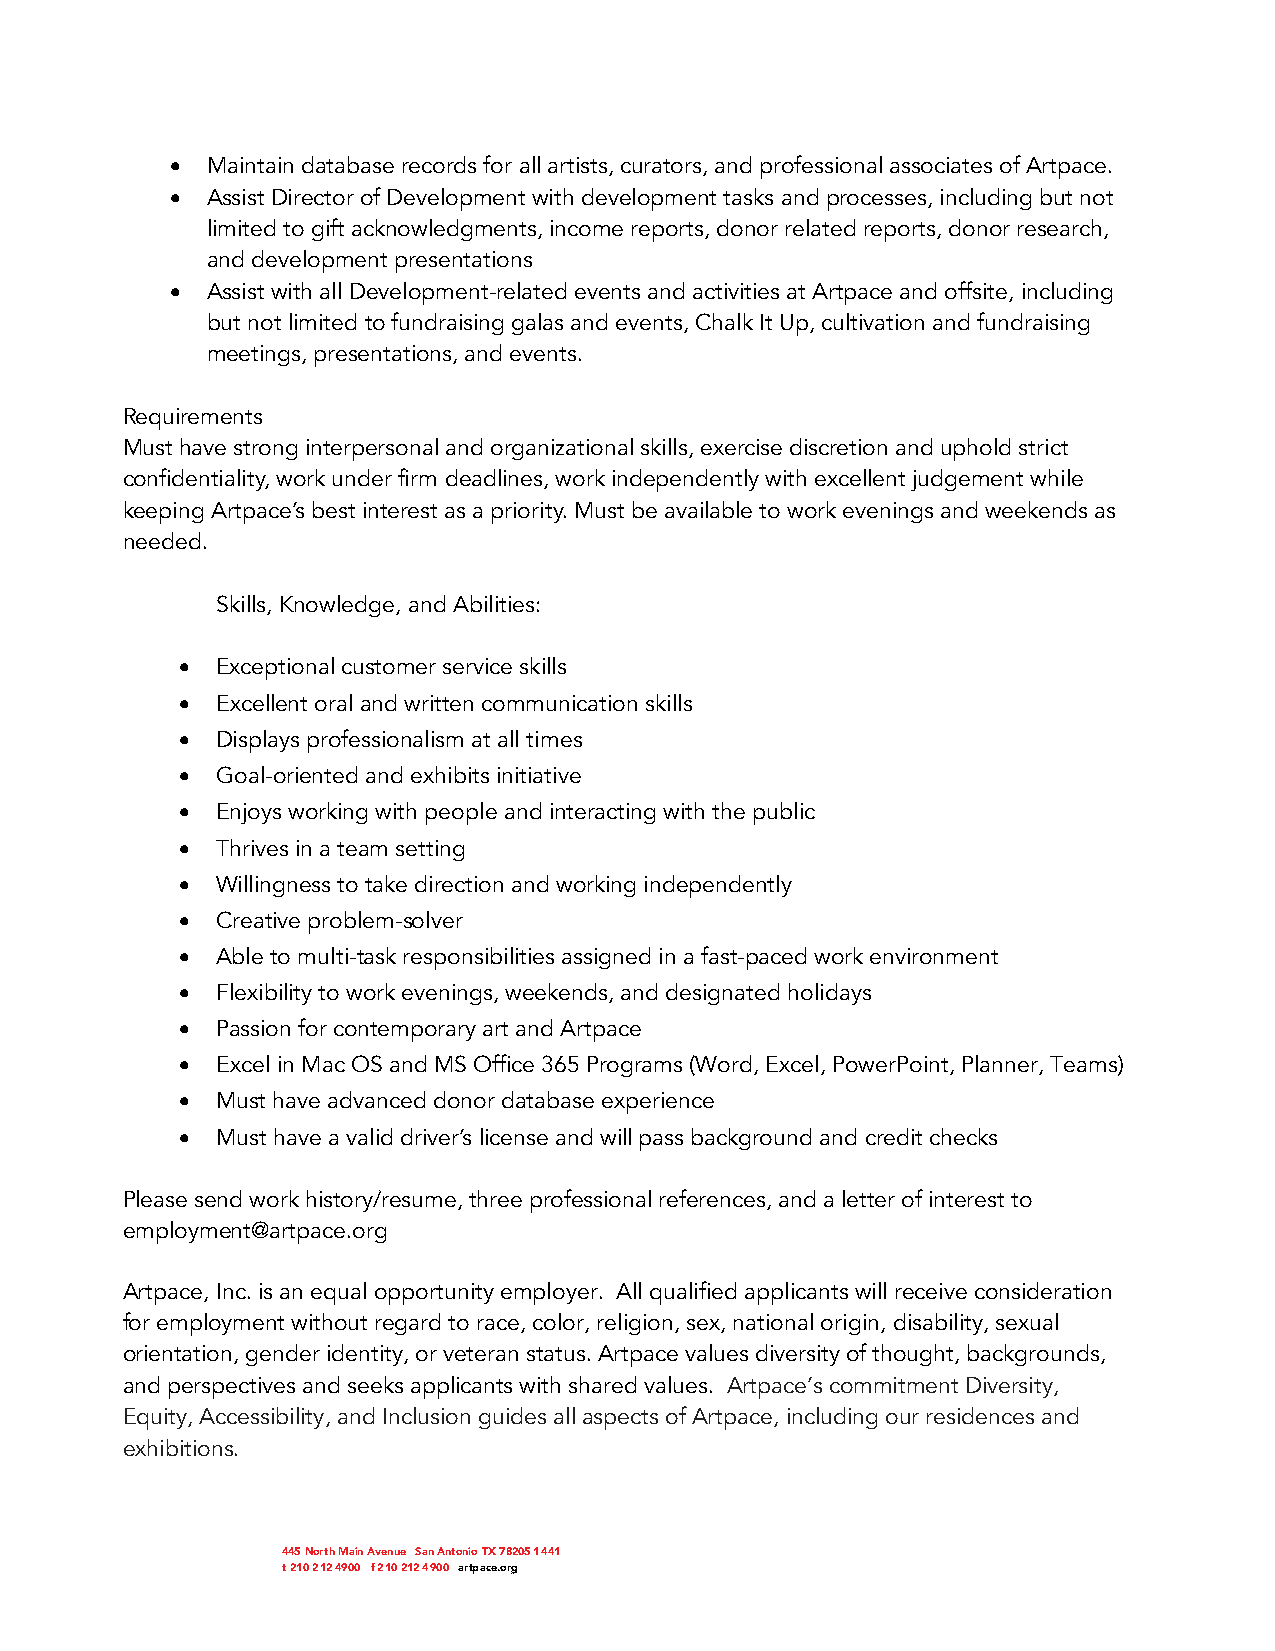
•  Maintain database records for all artists, curators, and professional associates of Artpace.
 •  Assist Director of Development with development tasks and processes, including but not
 limited to gift acknowledgments, income reports, donor related reports, donor research,
 and development presentations
 •  Assist with all Development-related events and activities at Artpace and offsite, including
 but not limited to fundraising galas and events, Chalk It Up, cultivation and fundraising
 meetings, presentations, and events.
 Requirements
 Must have strong interpersonal and organizational skills, exercise discretion and uphold strict
 confidentiality, work under firm deadlines, work independently with excellent judgement while
 keeping Artpace’s best interest as a priority. Must be available to work evenings and weekends as
 needed.
 Skills, Knowledge, and Abilities:
 • Exceptional customer service skills
 • Excellent oral and written communication skills
 • Displays professionalism at all times
 • Goal-oriented and exhibits initiative
 • Enjoys working with people and interacting with the public
 • Thrives in a team setting
 • Willingness to take direction and working independently
 • Creative problem-solver
 • Able to multi-task responsibilities assigned in a fast-paced work environment
 • Flexibility to work evenings, weekends, and designated holidays
 • Passion for contemporary art and Artpace
 • Excel in Mac OS and MS Office 365 Programs (Word, Excel, PowerPoint, Planner, Teams)
 • Must have advanced donor database experience
 • Must have a valid driver’s license and will pass background and credit checks
 Please send work history/resume, three professional references, and a letter of interest to
 employment@artpace.org
 Artpace, Inc. is an equal opportunity employer. All qualified applicants will receive consideration
 for employment without regard to race, color, religion, sex, national origin, disability, sexual
 orientation, gender identity, or veteran status. Artpace values diversity of thought, backgrounds,
 and perspectives and seeks applicants with shared values. Artpace’s commitment Diversity,
 Equity, Accessibility, and Inclusion guides all aspects of Artpace, including our residences and
 exhibitions.
 445 North Main Avenue San Antonio TX 78205 1441
 t 210 212 4900 f 210 212 4900 artpace.org